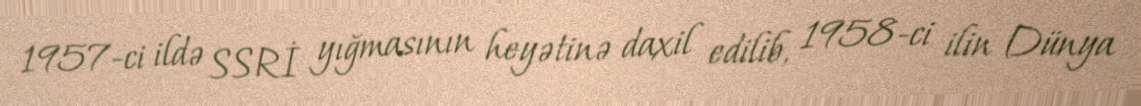
1957-ci ildə SSRİ yığmasının heyətinə daxil edilib, 1958-ci ilin Dünya